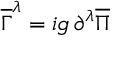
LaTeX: \overline { { { \Gamma } } } ^ { \lambda } = i g \, \partial ^ { \lambda } \overline { { { \Pi } } }